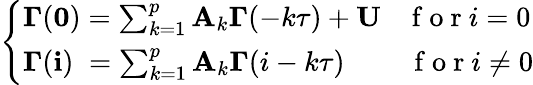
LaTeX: \left\{ \begin{array}{l}{\mathbf{\Gamma}(\mathbf{0})=\sum_{k=1}^{p}\mathbf{A}_{k}\mathbf{\Gamma}(-k\tau)+\mathbf{U}\; \; \; \mathrm{~f~o~r~}i=0}\\ {\mathbf{\Gamma}(\mathbf{i})\; =\sum_{k=1}^{p}\mathbf{A}_{k}\mathbf{\Gamma}(i-k\tau)\; \; \; \; \; \; \; \; \mathrm{~f~o~r~}i\neq 0}\end{array}\right.